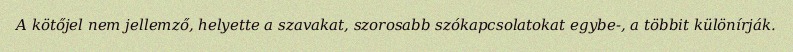
A kötőjel nem jellemző, helyette a szavakat, szorosabb szókapcsolatokat egybe-, a többit különírják.